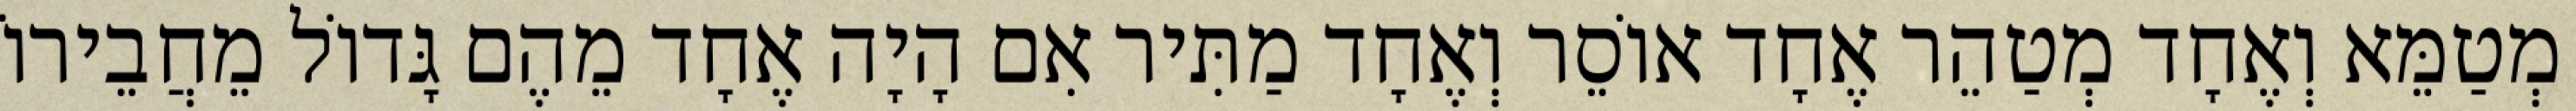
מְטַמֵּא וְאֶחָד מְטַהֵר אֶחָד אוֹסֵר וְאֶחָד מַתִּיר אִם הָיָה אֶחָד מֵהֶם גָּדוֹל מֵחֲבֵירוֹ